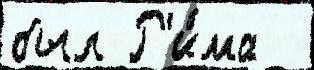
был Р'и́ма